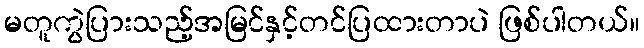
မတူကွဲပြားသည့်အမြင်နှင့်တင်ပြထားတာပဲ ဖြစ်ပါတယ်။